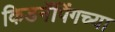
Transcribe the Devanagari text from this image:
किडनॅपिंगच्या